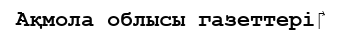
Ақмола облысы газеттері‎